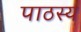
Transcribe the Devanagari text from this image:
पाठस्य